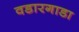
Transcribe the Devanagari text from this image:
वडारगाडा